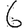
Digit: 6